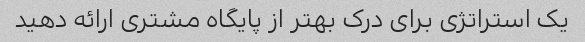
یک استراتژی برای درک بهتر از پایگاه مشتری ارائه دهید